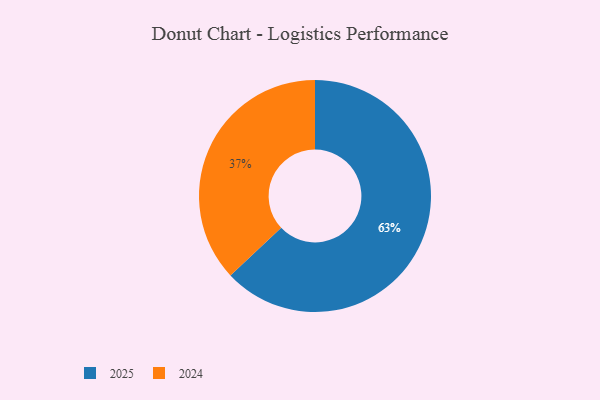
{"axis": {"x": "Category", "y": "Percentage"}, "legend": ["2024", "2025"], "data": [{"x": "2024", "y": 37, "type": "2024"}, {"x": "2025", "y": 63, "type": "2025"}]}